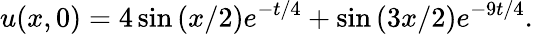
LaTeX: u(x,0)=4\sin\left(x/2\right)e^{-t/4}+\sin\left(3x/2\right)e^{-9t/4}.